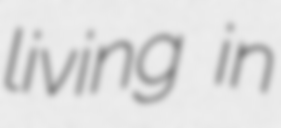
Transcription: living in